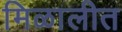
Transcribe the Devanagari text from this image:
मिळालीत